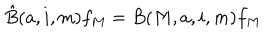
LaTeX: \hat { B } ( a , i , m ) f _ { M } = B ( M , a , i , m ) f _ { M }